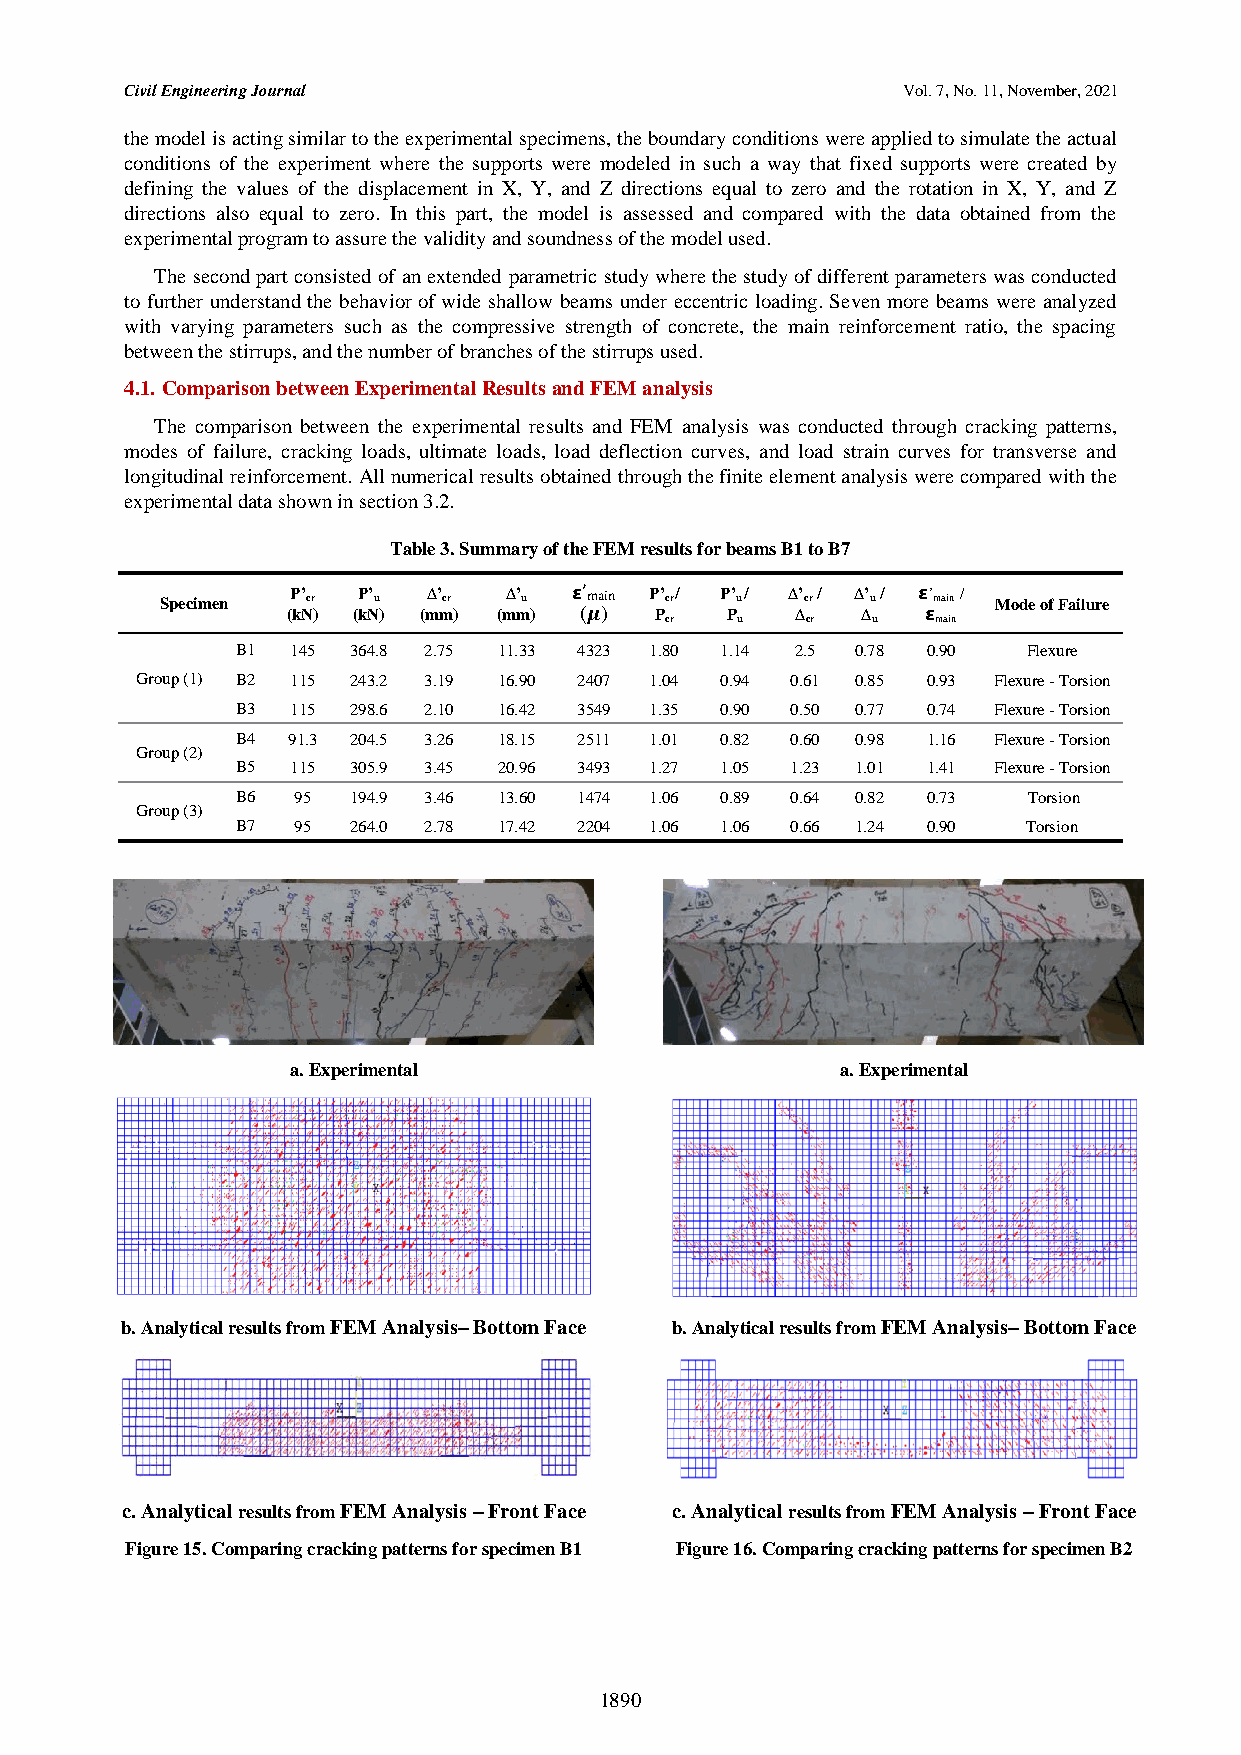
Civil Engineering Journal                           Vol. 7, No. 11, November, 2021
 the model is acting similar to the experimental specimens, the boundary conditions were applied to simulate the actual
 conditions of the experiment where the supports were modeled in such a way that fixed supports were created by
 defining the values of the displacement in X, Y, and Z directions equal to zero and the rotation in X, Y, and Z
 directions also equal to zero. In this part, the model is assessed and compared with the data obtained from the
 experimental program to assure the validity and soundness of the model used.
 The second part consisted of an extended parametric study where the study of different parameters was conducted
 to further understand the behavior of wide shallow beams under eccentric loading. Seven more beams were analyzed
 with varying parameters such as the compressive strength of concrete, the main reinforcement ratio, the spacing
 between the stirrups, and the number of branches of the stirrups used.
 4.1. Comparison between Experimental Results and FEM analysis
 The comparison between the experimental results and FEM analysis was conducted through cracking patterns,
 modes of failure, cracking loads, ultimate loads, load deflection curves, and load strain curves for transverse and
 longitudinal reinforcement. All numerical results obtained through the finite element analysis were compared with the
 experimental data shown in section 3.2.
 Table 3. Summary of the FEM results for beams B1 to B7
 Specimen P’ cr P’ u ∆’ cr ∆’ u 𝝴’ main P’ cr/ P’ u / ∆’ cr / ∆’ u / 𝝴’ main / Mode of Failure
 (kN) (kN) (mm) (mm) (𝝁) P    P    ∆   ∆   𝝴
 cr   u   cr   u   main
 B1 145 364.8 2.75 11.33 4323 1.80 1.14 2.5 0.78 0.90 Flexure
 Group (1) B2 115 243.2 3.19 16.90 2407 1.04 0.94 0.61 0.85 0.93 Flexure - Torsion
 B3 115 298.6 2.10 16.42 3549 1.35 0.90 0.50 0.77 0.74 Flexure - Torsion
 B4 91.3 204.5 3.26 18.15 2511 1.01 0.82 0.60 0.98 1.16 Flexure - Torsion
 Group (2)
 B5 115 305.9 3.45 20.96 3493 1.27 1.05 1.23 1.01 1.41 Flexure - Torsion
 B6 95  194.9 3.46 13.60 1474 1.06 0.89 0.64 0.82 0.73 Torsion
 Group (3)
 B7 95  264.0 2.78 17.42 2204 1.06 1.06 0.66 1.24 0.90 Torsion
 a. Experimental                      a. Experimental
 b. Analytical results from FEM Analysis– Bottom Face b. Analytical results from FEM Analysis– Bottom Face
 c. Analytical results from FEM Analysis – Front Face c. Analytical results from FEM Analysis – Front Face
 Figure 15. Comparing cracking patterns for specimen B1 Figure 16. Comparing cracking patterns for specimen B2
 1890